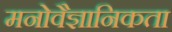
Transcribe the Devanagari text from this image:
मनोवैज्ञानिकता